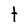
Character: t